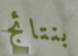
بنتائج